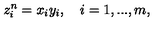
z _ { i } ^ { n } = x _ { i } y _ { i } , \quad i = 1 , . . . , m ,